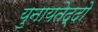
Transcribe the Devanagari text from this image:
युनायतेद्दो